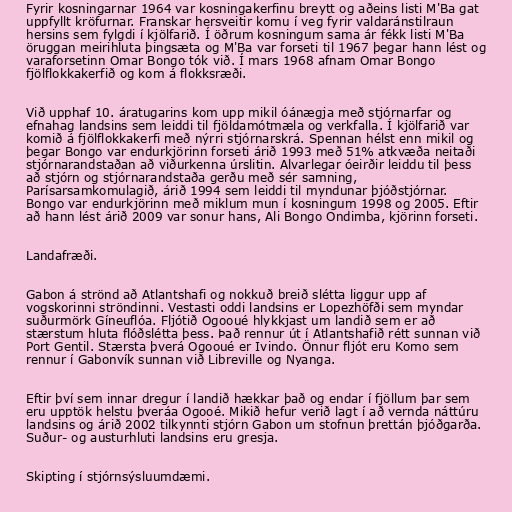
Fyrir kosningarnar 1964 var kosningakerfinu breytt og aðeins listi M'Ba gat
uppfyllt kröfurnar. Franskar hersveitir komu í veg fyrir valdaránstilraun
hersins sem fylgdi í kjölfarið. Í öðrum kosningum sama ár fékk listi M'Ba
öruggan meirihluta þingsæta og M'Ba var forseti til 1967 þegar hann lést og
varaforsetinn Omar Bongo tók við. Í mars 1968 afnam Omar Bongo
fjölflokkakerfið og kom á flokksræði.

Við upphaf 10. áratugarins kom upp mikil óánægja með stjórnarfar og
efnahag landsins sem leiddi til fjöldamótmæla og verkfalla. Í kjölfarið var
komið á fjölflokkakerfi með nýrri stjórnarskrá. Spennan hélst enn mikil og
þegar Bongo var endurkjörinn forseti árið 1993 með 51% atkvæða neitaði
stjórnarandstaðan að viðurkenna úrslitin. Alvarlegar óeirðir leiddu til þess
að stjórn og stjórnarandstaða gerðu með sér samning,
Parísarsamkomulagið, árið 1994 sem leiddi til myndunar þjóðstjórnar.
Bongo var endurkjörinn með miklum mun í kosningum 1998 og 2005. Eftir
að hann lést árið 2009 var sonur hans, Ali Bongo Ondimba, kjörinn forseti.

Landafræði.

Gabon á strönd að Atlantshafi og nokkuð breið slétta liggur upp af
vogskorinni ströndinni. Vestasti oddi landsins er Lopezhöfði sem myndar
suðurmörk Gíneuflóa. Fljótið Ogooué hlykkjast um landið sem er að
stærstum hluta flóðslétta þess. Það rennur út í Atlantshafið rétt sunnan við
Port Gentil. Stærsta þverá Ogooué er Ivindo. Önnur fljót eru Komo sem
rennur í Gabonvík sunnan við Libreville og Nyanga.

Eftir því sem innar dregur í landið hækkar það og endar í fjöllum þar sem
eru upptök helstu þveráa Ogooé. Mikið hefur verið lagt í að vernda náttúru
landsins og árið 2002 tilkynnti stjórn Gabon um stofnun þrettán þjóðgarða.
Suður- og austurhluti landsins eru gresja.

Skipting í stjórnsýsluumdæmi.